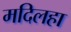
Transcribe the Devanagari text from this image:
मदिलहा